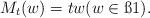
LaTeX: \begin{align*}M_t(w)=tw (w\in\ss1).\end{align*}